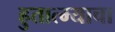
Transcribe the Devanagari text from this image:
हुतात्म्याचा